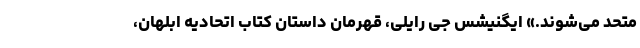
متحد می‌شوند.» ایگنیشس جی رایلی، قهرمان داستان کتاب اتحادیه ابلهان،